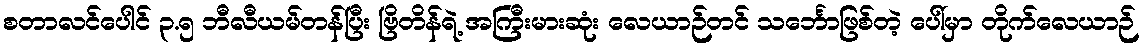
စတာလင်ပေါင် ၃.၅ ဘီလီယမ်တန်ပြီး ဗြိတိန်ရဲ့ အကြီးမားဆုံး လေယာဉ်တင် သင်္ဘောဖြစ်တဲ့ ပေါ်မှာ တိုက်လေယာဉ်